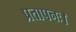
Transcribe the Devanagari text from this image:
प्रतापनः।